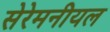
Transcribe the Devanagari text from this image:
सेरेमनीयल